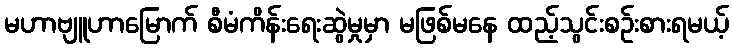
မဟာဗျူဟာမြောက် စီမံကိန်းရေးဆွဲမှုမှာ မဖြစ်မနေ ထည့်သွင်းစဉ်းစားရမယ့်